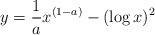
LaTeX: \begin{align*}y=\frac{1}{a}x^{(1-a)}-(\log x)^{2}\end{align*}